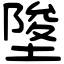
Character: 𡍵